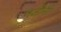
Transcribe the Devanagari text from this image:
गजीनी